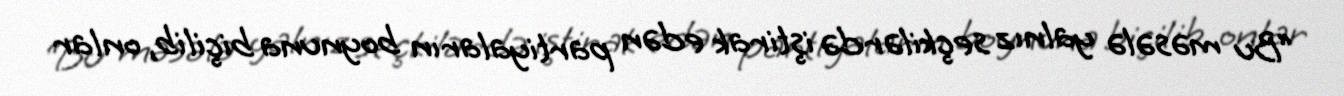
“Bu məsələ yalnız seçkilərdə iştirak edən partiyaların boynuna biçilib, onlar